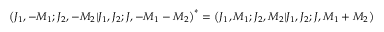
\bigl ( J _ { 1 } , - M _ { 1 } ; J _ { 2 } , - M _ { 2 } \vert J _ { 1 } , J _ { 2 } ; J , - M _ { 1 } - M _ { 2 } \bigr ) ^ { * } = \bigl ( J _ { 1 } , M _ { 1 } ; J _ { 2 } , M _ { 2 } \vert J _ { 1 } , J _ { 2 } ; J , M _ { 1 } + M _ { 2 } \bigr )